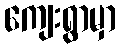
ကျေးရွာမှာ